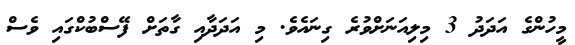
މީހުންގެ އަދަދު 3 މިލިއަނަށްވުރެ ގިނައެވެ. މި އަދަދާއި ގާތަށް ފޭސްބުކްގައި ވެސް